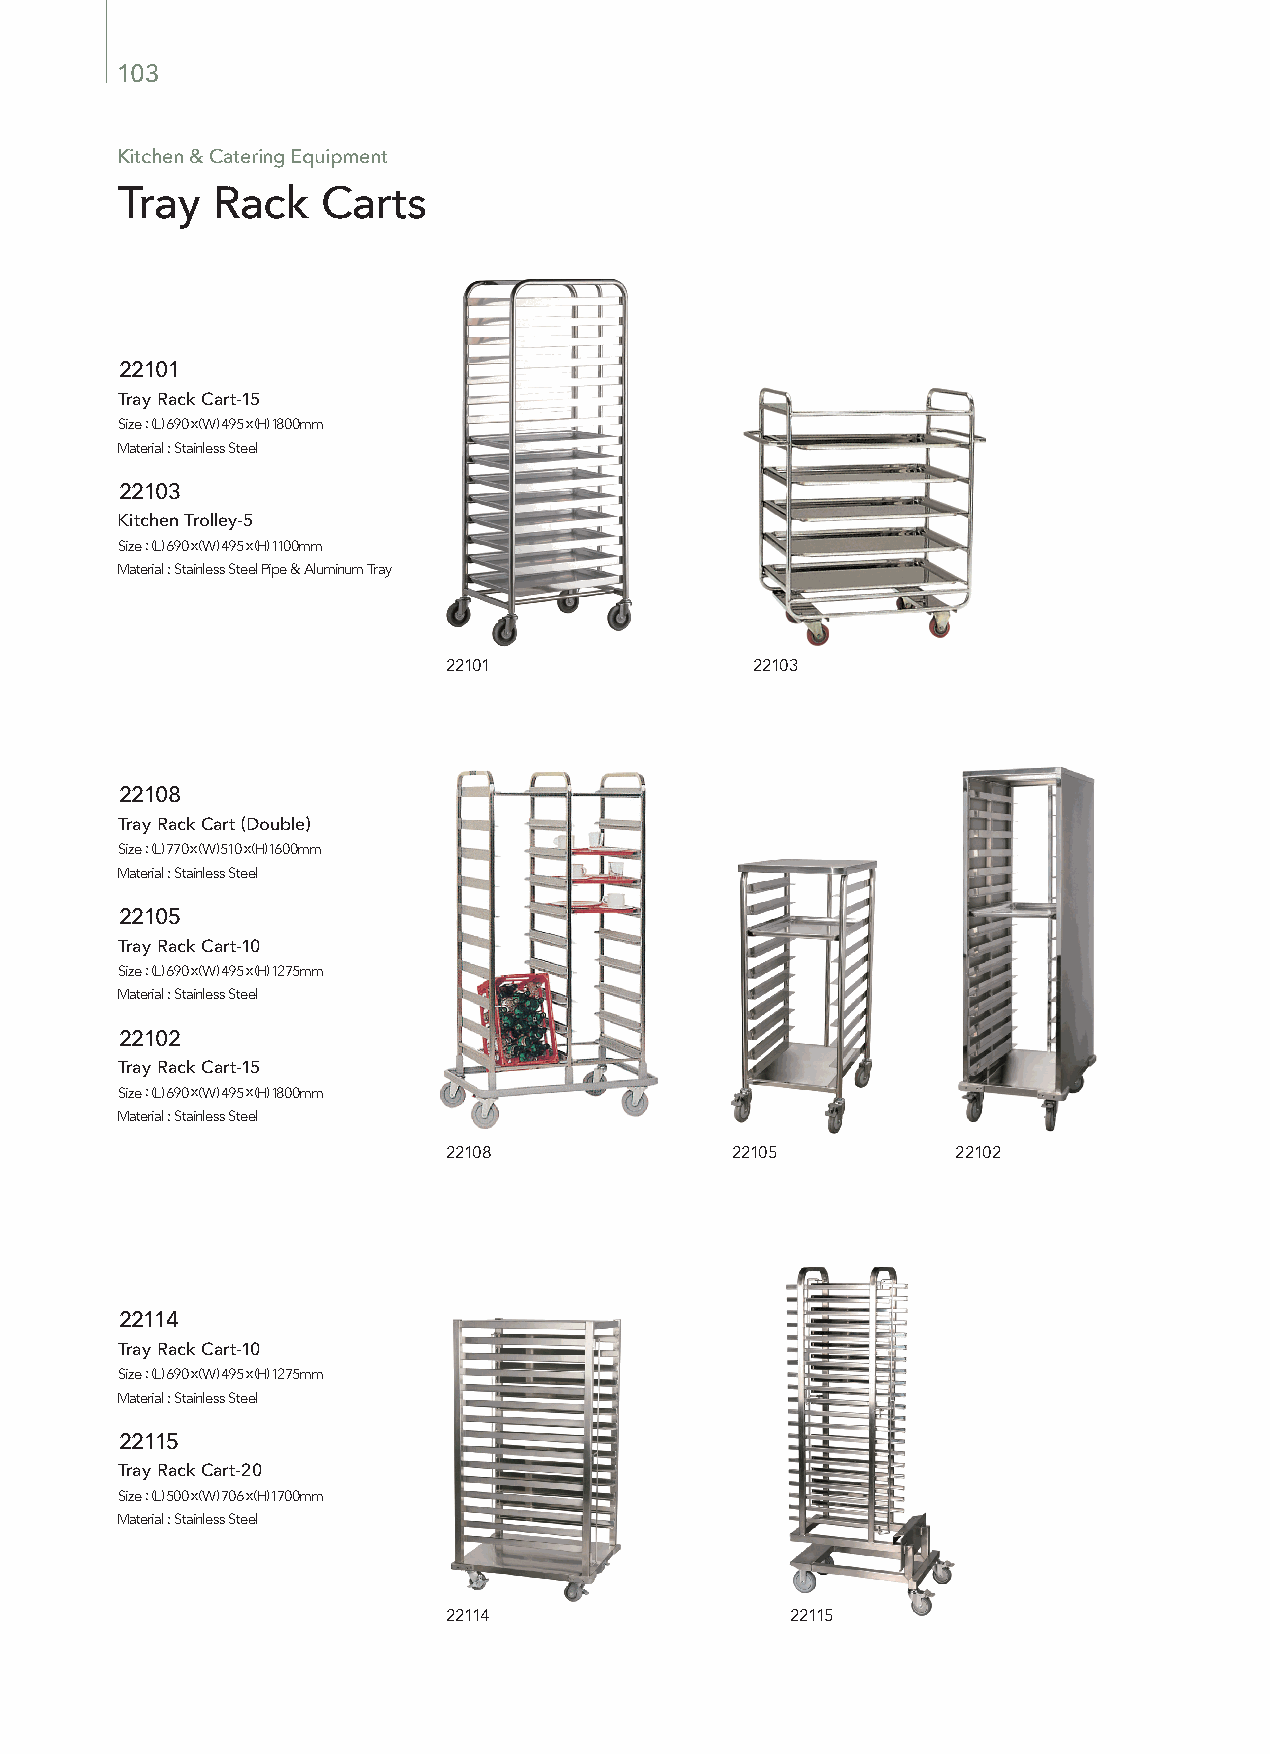
103
 Kitchen & Catering Equipment
 Tray  Rack   Carts
 22101
 Tray Rack Cart-15
 Size : (L) 690 x (W) 495 x (H) 1800mm
 Material : Stainless Steel
 22103
 Kitchen Trolley-5
 Size : (L) 690 x (W) 495 x (H) 1100mm
 Material : Stainless Steel Pipe & Aluminum Tray
 22101               22103
 22108
 Tray Rack Cart (Double)
 Size : (L) 770 x (W) 510 x (H) 1600mm
 Material : Stainless Steel
 22105
 Tray Rack Cart-10
 Size : (L) 690 x (W) 495 x (H) 1275mm
 Material : Stainless Steel
 22102
 Tray Rack Cart-15
 Size : (L) 690 x (W) 495 x (H) 1800mm
 Material : Stainless Steel
 22108             22105          22102
 22114
 Tray Rack Cart-10
 Size : (L) 690 x (W) 495 x (H) 1275mm
 Material : Stainless Steel
 22115
 Tray Rack Cart-20
 Size : (L) 500 x (W) 706 x (H) 1700mm
 Material : Stainless Steel
 22114                 22115